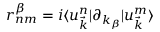
r _ { n m } ^ { \beta } = i \langle u _ { \vec { k } } ^ { n } | \partial _ { k _ { \beta } } | u _ { \vec { k } } ^ { m } \rangle